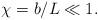
LaTeX: \begin{align*}\chi = b/L \ll 1.\end{align*}